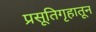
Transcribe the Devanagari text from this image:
प्रसूतिगृहातून